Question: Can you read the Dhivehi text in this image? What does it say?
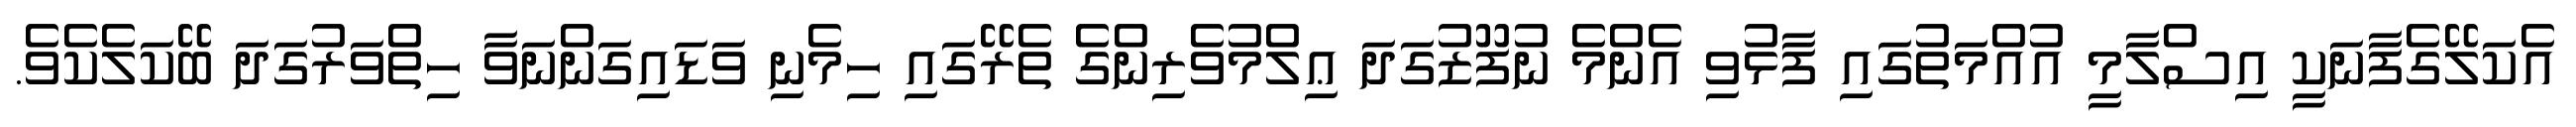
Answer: އެކަލޭގެފާނަކީ އިސްލާމީ އުއްމަތުގައި ފާޅުވި އެންމެ ނުފޫޒުގަދަ ޢިލްމުވެރިންގެ ތެރޭގައި ހިމެނި ވަޑައިގަންނަވާ ހިތްވަރުގަދަ ބޭކަލެކެވެ.